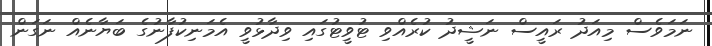
ނަމަވެސް މިއަދު ރައީސް ނަޝީދު ކުރެއްވި ޓުވީޓުގައި ވިދާޅުވީ އެމަނިކުފާނުގެ ބަޔާނެއް ނަގަން